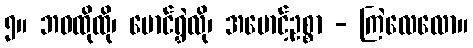
၅။ ဘဝထိုထို၊ မောင်ရွှဲလို၊ အမောင့်ဥစ္စာ - ကြဲလေလော။